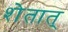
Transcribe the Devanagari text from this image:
शेतात्